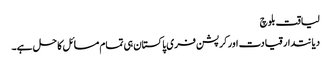
لیاقت بلوچ
دیانتدار قیادت اور کرپشن فری پاکستان ہی تمام مسائل کا حل ہے۔